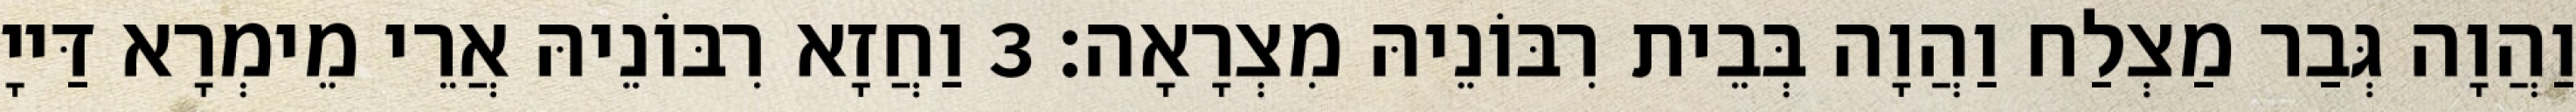
וַהֲוָה גְּבַר מַצְלַח וַהֲוָה בְּבֵית רִבּוֹנֵיהּ מִצְרָאָה׃ 3 וַחֲזָא רִבּוֹנֵיהּ אֲרֵי מֵימְרָא דַּייָ